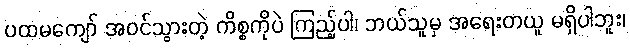
ပထမကျော် အဝင်သွားတဲ့ ကိစ္စကိုပဲ ကြည့်ပါ၊ ဘယ်သူမှ အရေးတယူ မရှိပါဘူး၊